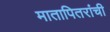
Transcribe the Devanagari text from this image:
मातापितरांची